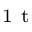
_ \mathrm { ~ 1 ~ t ~ }